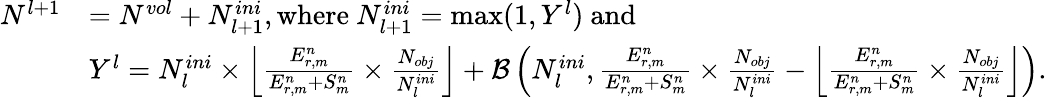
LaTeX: \begin{array}{rl}{N^{l+1}}&{=N^{vol}+N_{l+1}^{ini},\mathrm{where~}N_{l+1}^{ini}=\operatorname*{max}(1,Y^{l})\mathrm{~and~}}\\ &{Y^{l}=N_{l}^{ini}\times\left\lfloor\frac{E_{r,m}^{n}}{E_{r,m}^{n}+S_{m}^{n}}\times\frac{N_{obj}}{N_{l}^{ini}}\right\rfloor+\mathcal{B}\left(N_{l}^{ini},\frac{E_{r,m}^{n}}{E_{r,m}^{n}+S_{m}^{n}}\times\frac{N_{obj}}{N_{l}^{ini}}-\left\lfloor\frac{E_{r,m}^{n}}{E_{r,m}^{n}+S_{m}^{n}}\times\frac{N_{obj}}{N_{l}^{ini}}\right\rfloor\right).}\end{array}